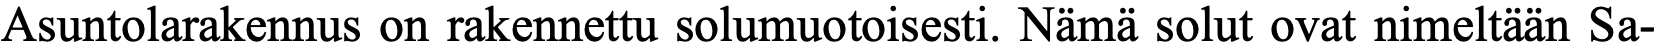
Asuntolarakennus on rakennettu solumuotoisesti. Nämä solut ovat nimeltään Sa-